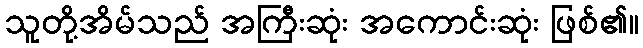
သူတို့အိမ်သည် အကြီးဆုံး အကောင်းဆုံး ဖြစ်၏။